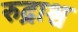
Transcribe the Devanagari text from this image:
रुद्राश्व